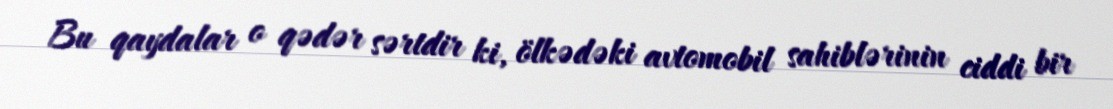
Bu qaydalar o qədər sərtdir ki, ölkədəki avtomobil sahiblərinin ciddi bir